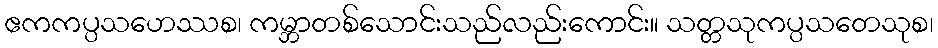
ဧကကပ္ပသဟေဿစ၊ ကမ္ဘာတစ်သောင်းသည်လည်းကောင်း။ သတ္တသုကပ္ပသတေသုစ၊